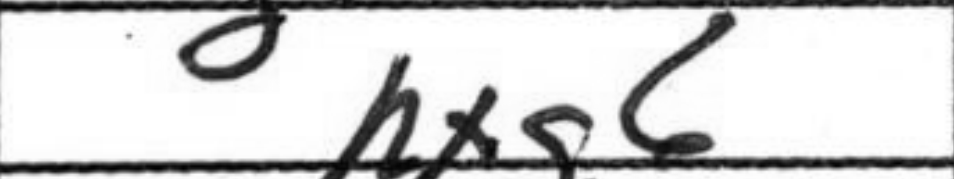
Transcription: hxg6